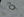
صحيح